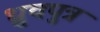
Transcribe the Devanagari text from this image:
ध्रुवपुत्र